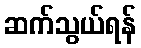
ဆက်သွယ်ရန်